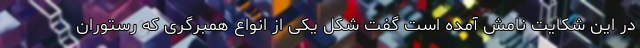
در این شکایت نامش آمده است گفت شکل یکی از انواع همبرگری که رستوران